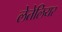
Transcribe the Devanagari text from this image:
लेतेलियर